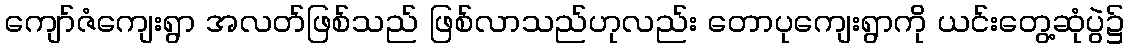
ကျော်ဇံကျေးရွာ အလတ်ဖြစ်သည် ဖြစ်လာသည်ဟုလည်း တောပုကျေးရွာကို ယင်းတွေ့ဆုံပွဲ၌